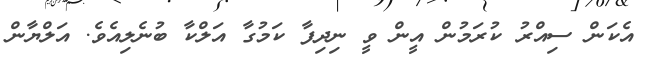
އެކަން ސިއްރު ކުރަމުން އީން ވީ ނިދިފާ ކަމުގާ އަލްކާ ބުނެލިއެވެ. އަލްޔާން